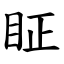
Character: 眐